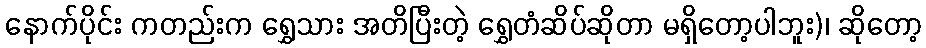
နောက်ပိုင်း ကတည်းက ရွှေသား အတိပြီးတဲ့ ရွှေတံဆိပ်ဆိုတာ မရှိတော့ပါဘူး)၊ ဆိုတော့